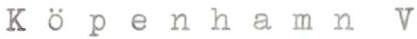
Köpenhamn V